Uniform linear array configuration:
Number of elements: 32
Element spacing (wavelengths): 0.5
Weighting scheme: hamming
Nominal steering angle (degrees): -45
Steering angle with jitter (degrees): -45.452
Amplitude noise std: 0.05
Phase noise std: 0.05

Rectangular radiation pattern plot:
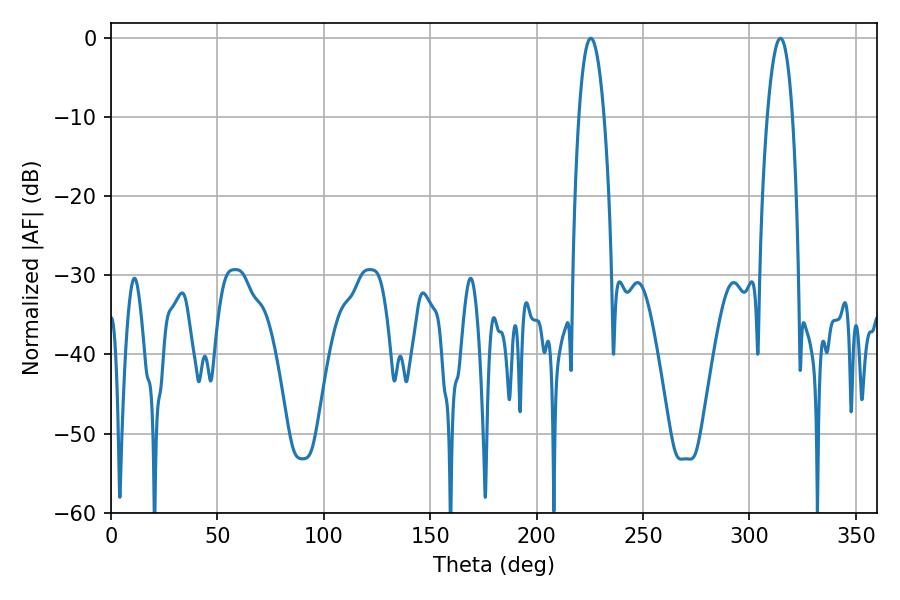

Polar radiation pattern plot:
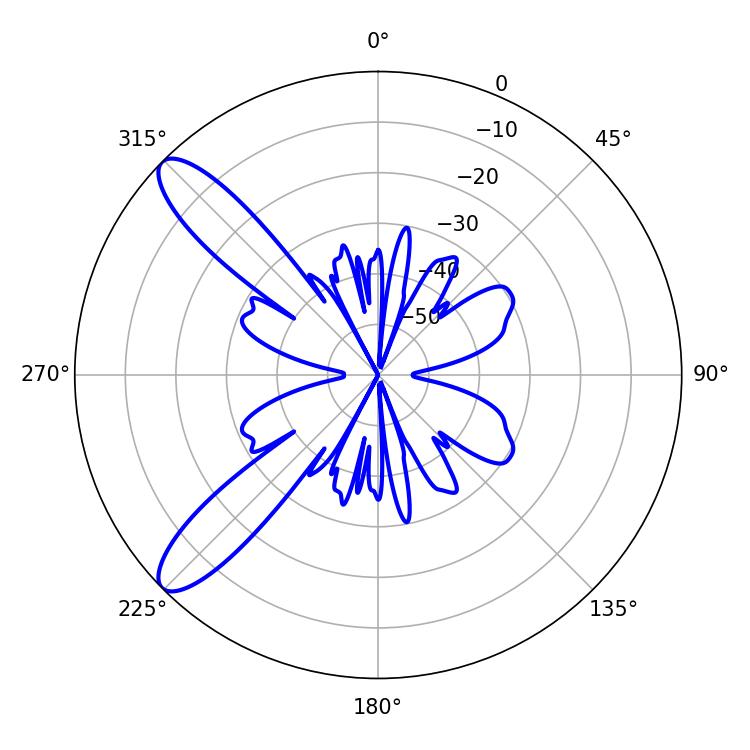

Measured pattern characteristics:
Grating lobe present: FALSE
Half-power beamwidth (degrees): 6.48
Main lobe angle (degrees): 225.36